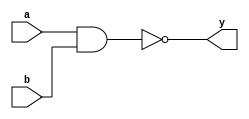
module nand2 (a, b, y);
    input a, b;
    output y;
    assign y = ~(a & b);
endmodule

module testbench_nand2;
    reg in1, in2;
    wire out;

    initial begin
        in1 <= 1'b0;
        in2 <= 1'b0;
        $monitor("%t %b %b %b", $time, in1, in2, out);
        #3 $finish;
    end

    always
        #1 in1 <= ~in1;
    always
        #2 in2 <= ~in2;
        
    nand2 inst (in1, in2, out);
endmodule